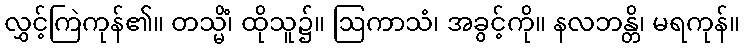
လွှင့်ကြဲကုန်၏။ တသ္မိံ၊ ထိုသူ၌။ ဩကာသံ၊ အခွင့်ကို။ နလဘန္တိ၊ မရကုန်။